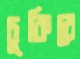
চুকিবে